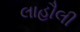
લાહૌલી